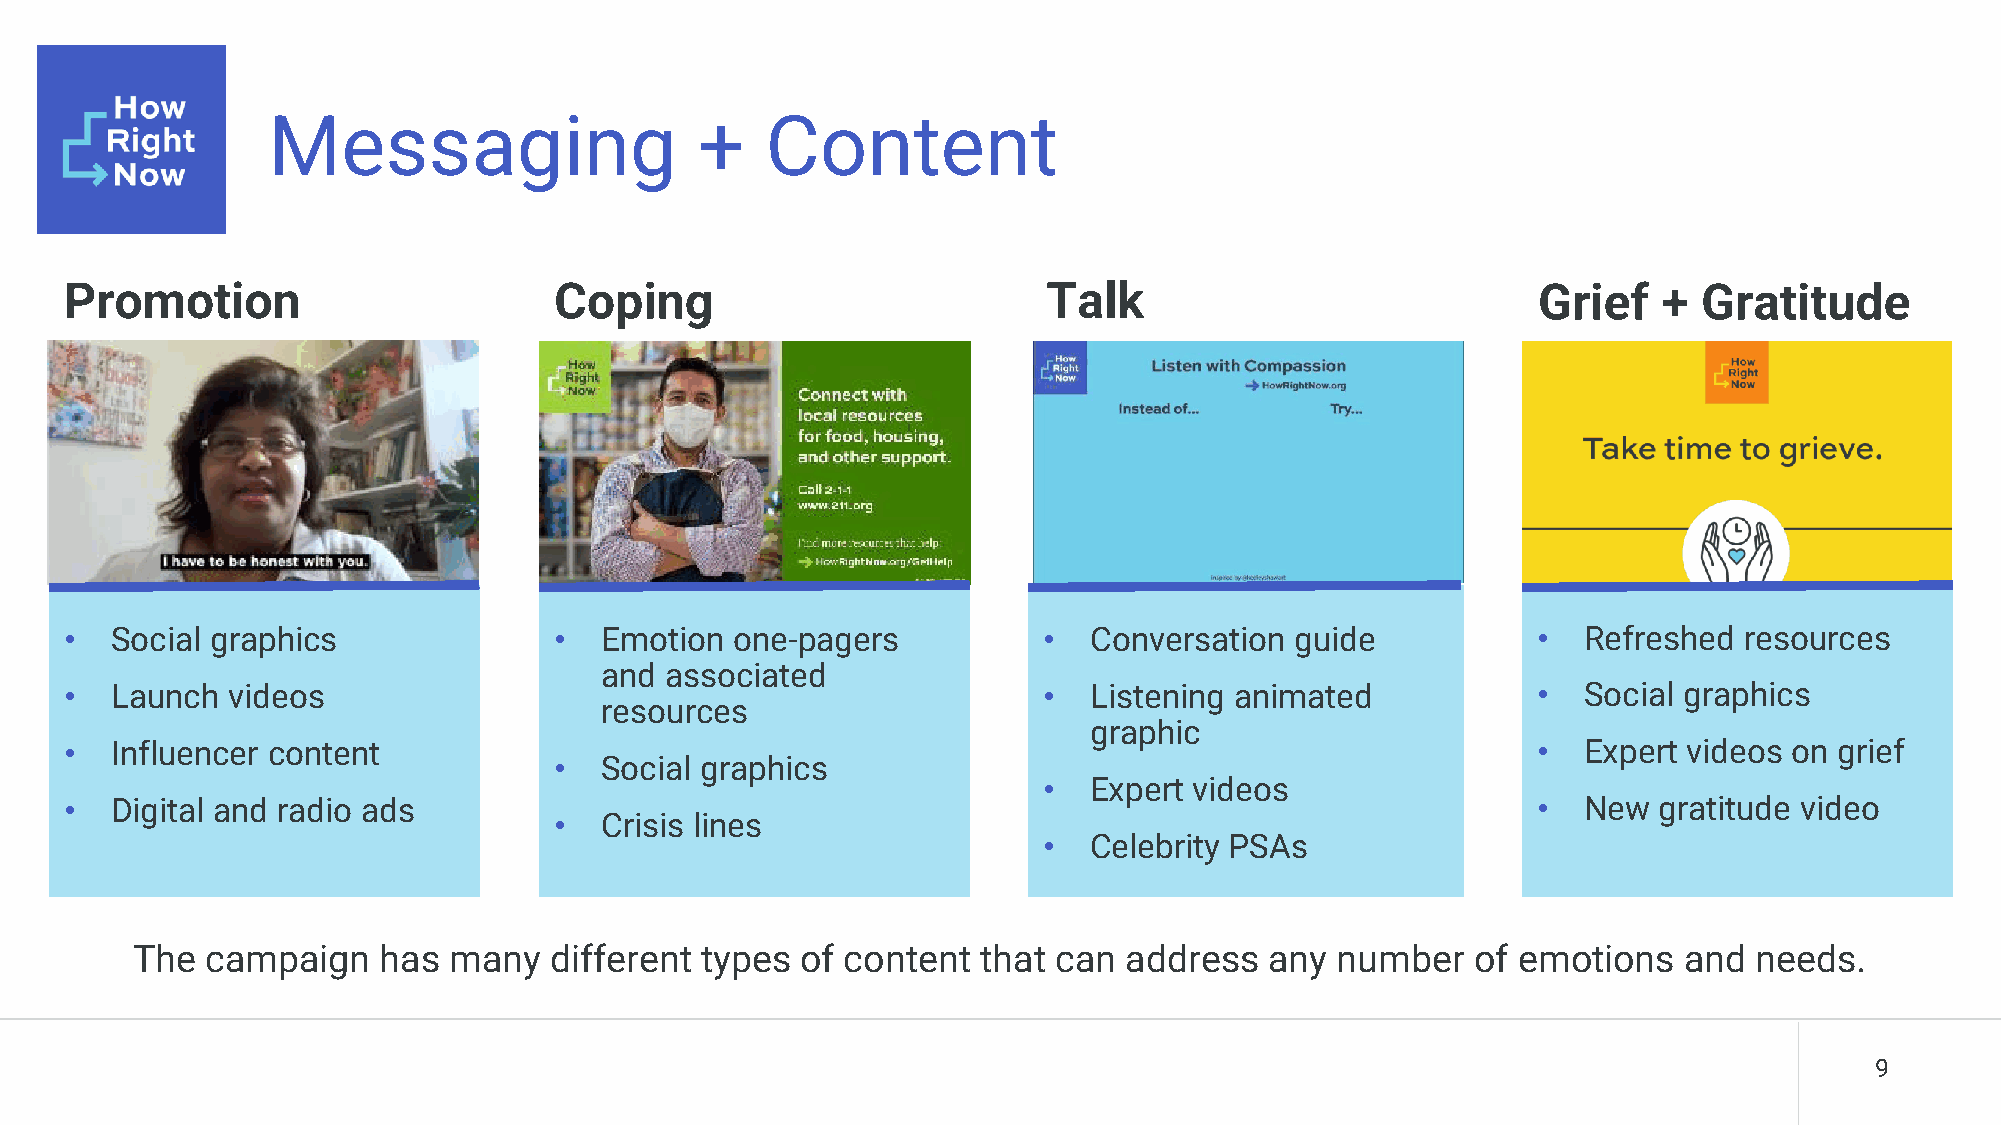
Messaging                   +    Content
 Promotion                        Coping                          Talk                             Grief   +  Gratitude
 •  Social graphics               •  Emotion  one-pagers          •  Conversation  guide           •  Refreshed resources
 and associated
 •  Launch  videos                                                •  Listening animated            •  Social graphics
 resources
 graphic
 •  Influencer content                                                                             •  Expert videos on grief
 •  Social graphics
 •  Expert videos
 •  Digital and radio ads                                                                          •  New  gratitude video
 •  Crisis lines
 •  Celebrity PSAs
 The  campaign   has  many  different types  of content  that can address   any number    of emotions  and  needs.
 9